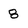
Character: 8